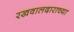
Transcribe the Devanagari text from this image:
रखवालदाराच्या